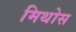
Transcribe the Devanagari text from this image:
मिथोस